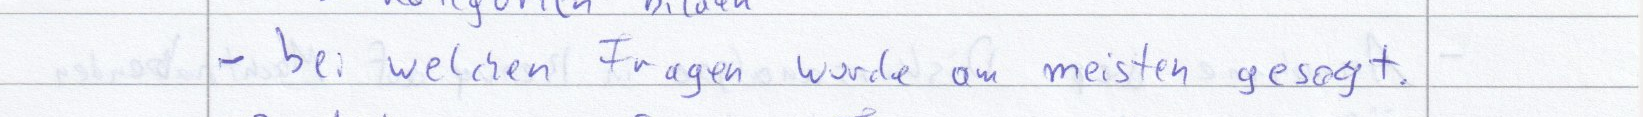
- bei welchen Fragen wurde am meisten gesagt